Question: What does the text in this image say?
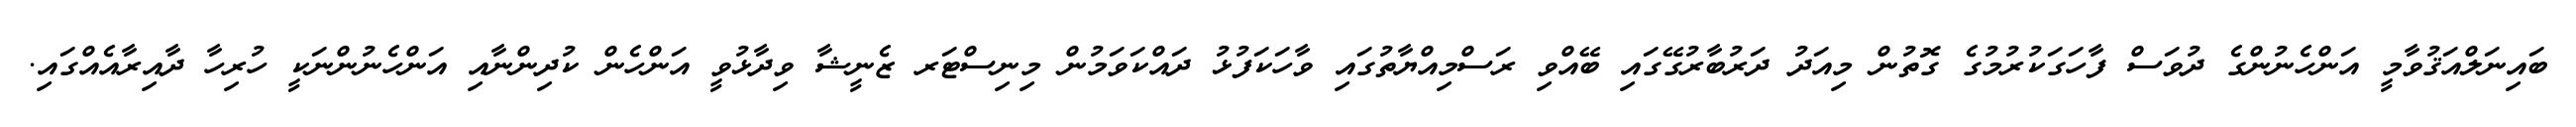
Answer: ބައިނަލްއަޤުވާމީ އަންހެނުންގެ ދުވަސް ފާހަގަކުރުމުގެ ގޮތުން މިއަދު ދަރުބާރުގޭގައި ބޭއްވި ރަސްމިއްޔާތުގައި ވާހަކަފުޅު ދައްކަވަމުން މިނިސްޓަރ ޒެނީޝާ ވިދާޅުވީ އަންހެން ކުދިންނާއި އަންހެނުންނަކީ ހުރިހާ ދާއިރާއެއްގައި.